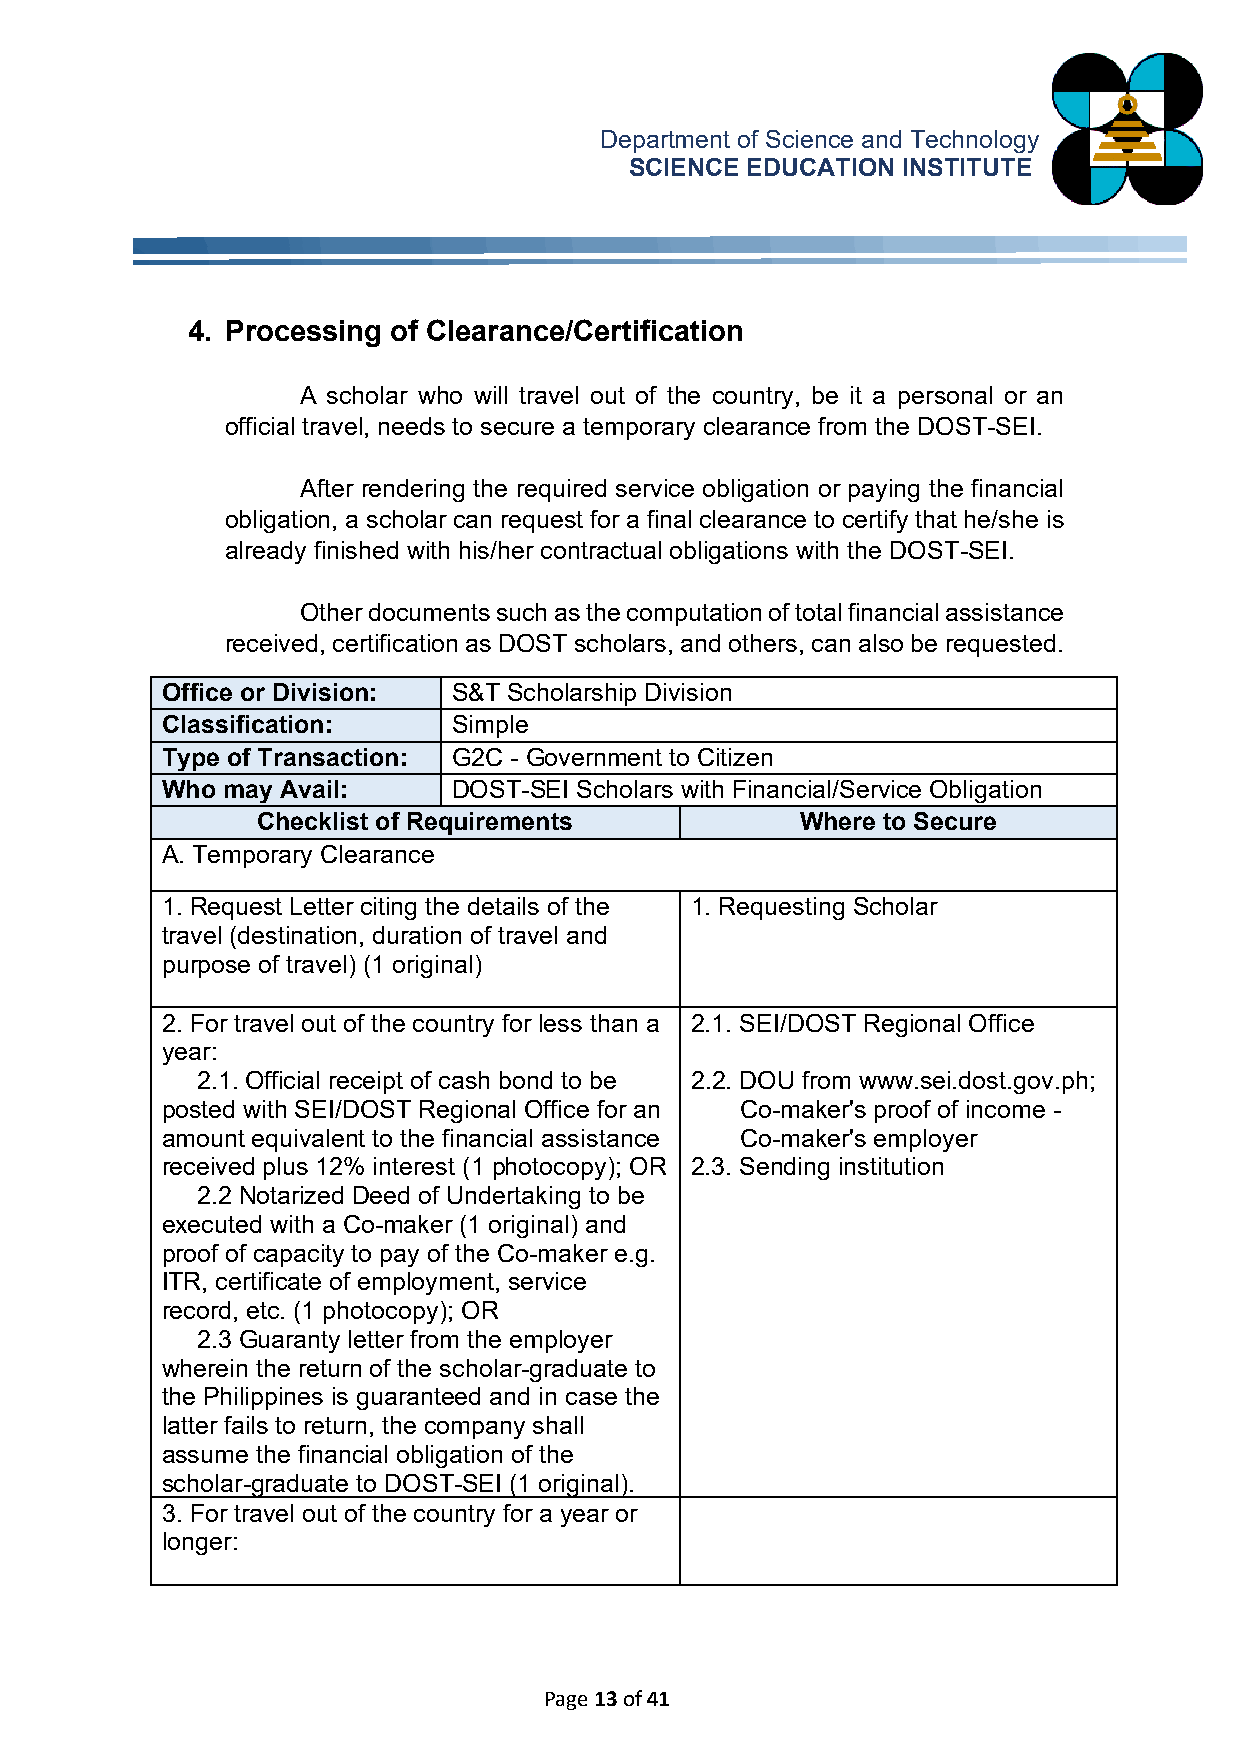
Department of Science and Technology
 SCIENCE EDUCATION INSTITUTE
 4. Processing of Clearance/Certification
 A scholar who will travel out of the country, be it a personal or an
 official travel, needs to secure a temporary clearance from the DOST-SEI.
 After rendering the required service obligation or paying the financial
 obligation, a scholar can request for a final clearance to certify that he/she is
 already finished with his/her contractual obligations with the DOST-SEI.
 Other documents such as the computation of total financial assistance
 received, certification as DOST scholars, and others, can also be requested.
 Office or Division: S&T Scholarship Division
 Classification:    Simple
 Type of Transaction: G2C - Government to Citizen
 Who may Avail:     DOST-SEI Scholars with Financial/Service Obligation
 Checklist of Requirements           Where to Secure
 A. Temporary Clearance
 1. Request Letter citing the details of the 1. Requesting Scholar
 travel (destination, duration of travel and
 purpose of travel) (1 original)
 2. For travel out of the country for less than a 2.1. SEI/DOST Regional Office
 year:
 2.1. Official receipt of cash bond to be 2.2. DOU from www.sei.dost.gov.ph;
 posted with SEI/DOST Regional Office for an Co-maker's proof of income -
 amount equivalent to the financial assistance Co-maker's employer
 received plus 12% interest (1 photocopy); OR 2.3. Sending institution
 2.2 Notarized Deed of Undertaking to be
 executed with a Co-maker (1 original) and
 proof of capacity to pay of the Co-maker e.g.
 ITR, certificate of employment, service
 record, etc. (1 photocopy); OR
 2.3 Guaranty letter from the employer
 wherein the return of the scholar-graduate to
 the Philippines is guaranteed and in case the
 latter fails to return, the company shall
 assume the financial obligation of the
 scholar-graduate to DOST-SEI (1 original).
 3. For travel out of the country for a year or
 longer:
 Page 13 of 41